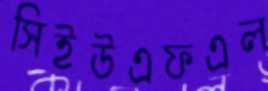
সিইউএফএল